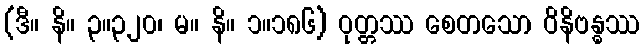
(ဒီ။ နိ။ ၃။၃၂၀၊ မ။ နိ။ ၁။၁၈၆) ဝုတ္တဿ စေတသော ဝိနိဗန္ဓဿ